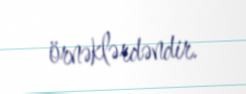
örnəklərdəndir.